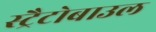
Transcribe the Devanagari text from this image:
स्ट्रैटोबाउल